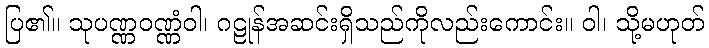
ပြ၏။ သုပဏ္ဏဝဏ္ဏံဝါ၊ ဂဠုန်အဆင်းရှိသည်ကိုလည်းကောင်း။ ဝါ၊ သို့မဟုတ်